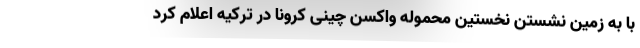
با به زمین نشستن نخستین محموله واکسن چینی کرونا در ترکیه اعلام کرد